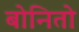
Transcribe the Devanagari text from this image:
बोनितो